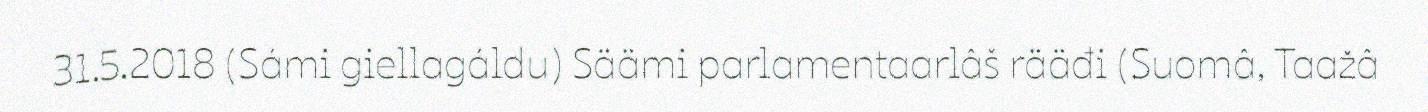
31.5.2018 (Sámi giellagáldu) Säämi parlamentaarlâš rääđi (Suomâ, Taažâ